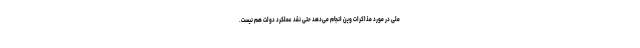
ملی در مورد مذاکرات وین انجام می‌دهد حتی نقد عملکرد دولت هم نیست.